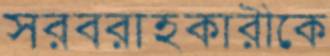
সরবরাহকারীকে